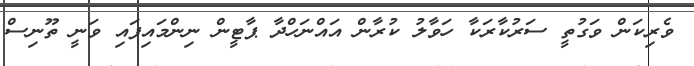
ވެރިކަން ވަގުތީ ސަރުކާރަކާ ހަވާލު ކުރާން އައްނަހްދާ ޕާޓީން ނިންމައިފައި ވަނީ ތޫނިސް